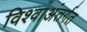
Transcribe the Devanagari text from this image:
विश्वाअंतर्गत